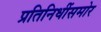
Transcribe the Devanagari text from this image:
प्रतिनिधींसमोर